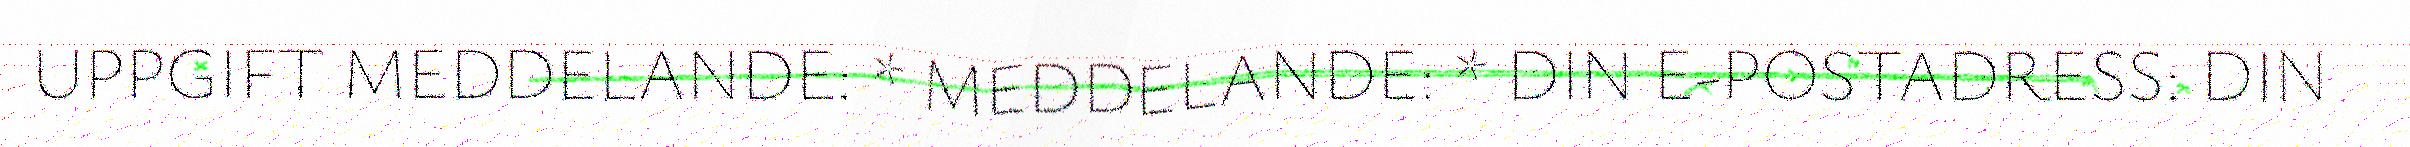
UPPGIFT MEDDELANDE: * MEDDELANDE: * DIN E-POSTADRESS: DIN